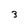
Character: 3